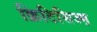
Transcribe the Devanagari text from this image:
क्रिटिसिज्म़